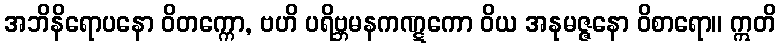
အဘိနိရောပနော ဝိတက္ကော, ဗဟိ ပရိဗ္ဘမနကဏ္ဋကော ဝိယ အနုမဇ္ဇနော ဝိစာရော။ ဣတိ